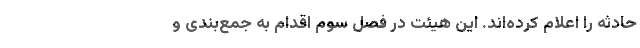
حادثه را اعلام کرده‌اند. این هیئت در فصل سوم اقدام به جمع‌بندی و